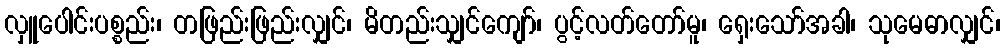
လှူပေါင်းပစ္စည်း၊ တဖြည်းဖြည်းလျှင်၊ မိတည်းသျှင်ကျော်၊ ပွင့်လတ်တော်မူ၊ ရှေးသော်အခါ၊ သုမေဓာလျှင်၊